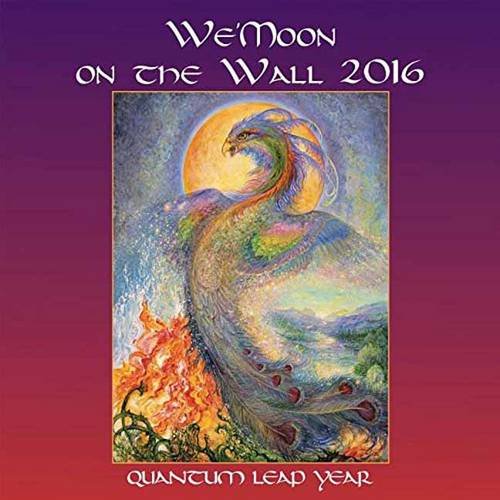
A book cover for We'moon on the Wall: Quantum Leap Year; Religion & Spirituality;